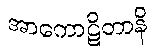
အာကောဋိတာနိ